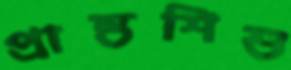
প্রান্তশিশু